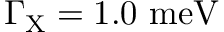
\Gamma _ { \mathrm { { X } } } = 1 . 0 ~ \mathrm { { m e V } }